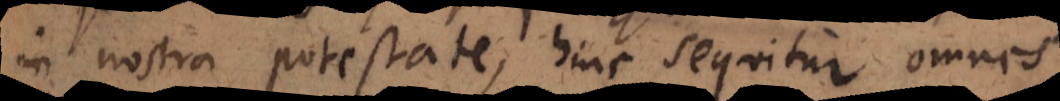
in nostra potestate, hinc sequitur omnes